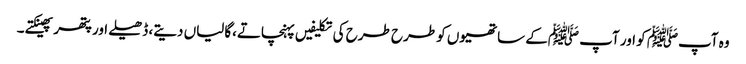
وہ آپﷺ کو اور آپ ﷺکے ساتھیوں کو طرح طرح کی تکلیفیں پہنچاتے،گالیاں دیتے، ڈھیلے اور پتھر پھینکتے۔